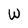
Character: W